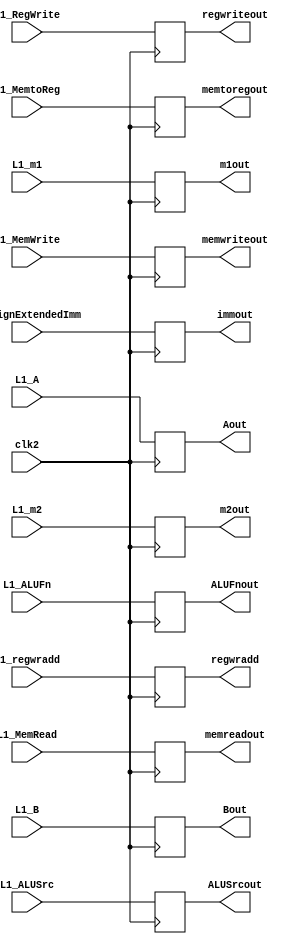
`timescale 1ns / 1ps

module L2(clk2, L1_m1, L1_m2, L1_SignExtendedImm, L1_A, L1_B, L1_ALUSrc,L1_ALUFn,L1_MemWrite,L1_MemRead,L1_MemtoReg ,L1_RegWrite, L1_regwradd, ALUSrcout, ALUFnout, memwriteout, memreadout, memtoregout,regwriteout, regwradd, immout, Aout, Bout, m1out, m2out);

    input [7:0] L1_SignExtendedImm, L1_A, L1_B, L1_m1, L1_m2;
    input clk2;
    input L1_ALUSrc,L1_MemWrite,L1_MemRead,L1_MemtoReg , L1_RegWrite;
    input [2:0] L1_ALUFn;
    input [2:0] L1_regwradd;

    output reg [7:0] immout, Aout, Bout, m1out, m2out;
    output reg ALUSrcout, memwriteout, memreadout, memtoregout , regwriteout;
    output reg [2:0] ALUFnout;
    output reg [2:0] regwradd;

    reg [7:0] L2_SignExtendedImm, L2_A, L2_B, L2_m1, L2_m2;
    reg L2_ALUSrc,L2_MemWrite,L2_MemRead,L2_MemtoReg, L2_RegWrite;
    reg [2:0] L2_ALUFn;
    reg  [2:0]L2_regwradd;

    always @(*)
    begin
        L2_SignExtendedImm <=  L1_SignExtendedImm;
        L2_A <=  L1_A;
        L2_B <=  L1_B;
        L2_m1 <=  L1_m1;
        L2_m2 <=  L1_m2;
        L2_ALUSrc <=  L1_ALUSrc;
        L2_ALUFn <=  L1_ALUFn;
        L2_MemWrite <=  L1_MemWrite;
        L2_MemRead <=  L1_MemRead;
        L2_MemtoReg <=  L1_MemtoReg;
        L2_RegWrite <=  L1_RegWrite;
        L2_regwradd <=  L1_regwradd;
    end
    
    always @(posedge clk2)
    begin
        immout <=  L2_SignExtendedImm;
        Aout <=  L2_A;
        Bout <=  L2_B;
        m1out <=  L2_m1;
        m2out <=  L2_m2;
        ALUSrcout <=  L2_ALUSrc;
        ALUFnout <=  L2_ALUFn;
        memwriteout <=  L2_MemWrite;
        memreadout <=  L2_MemRead;
        memtoregout <=  L2_MemtoReg;
        regwriteout <=  L2_RegWrite;
        regwradd <=  L2_regwradd;
    end
endmodule